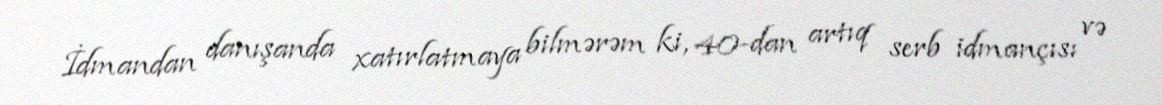
İdmandan danışanda xatırlatmaya bilmərəm ki, 40-dan artıq serb idmançısı və